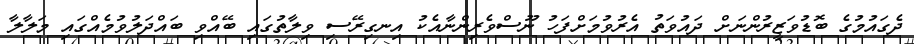
ދެގައުމުގެ ބޮޑުވަޒީރުންނަށް ދައުވަތު އެރުވުމަށްފަހު ނޫސްވެރިންނާއެކު އިނގިރޭސި ވިލާތުގައި ބޭއްވި ބައްދަލުވުމެއްގައި މަލާލާ